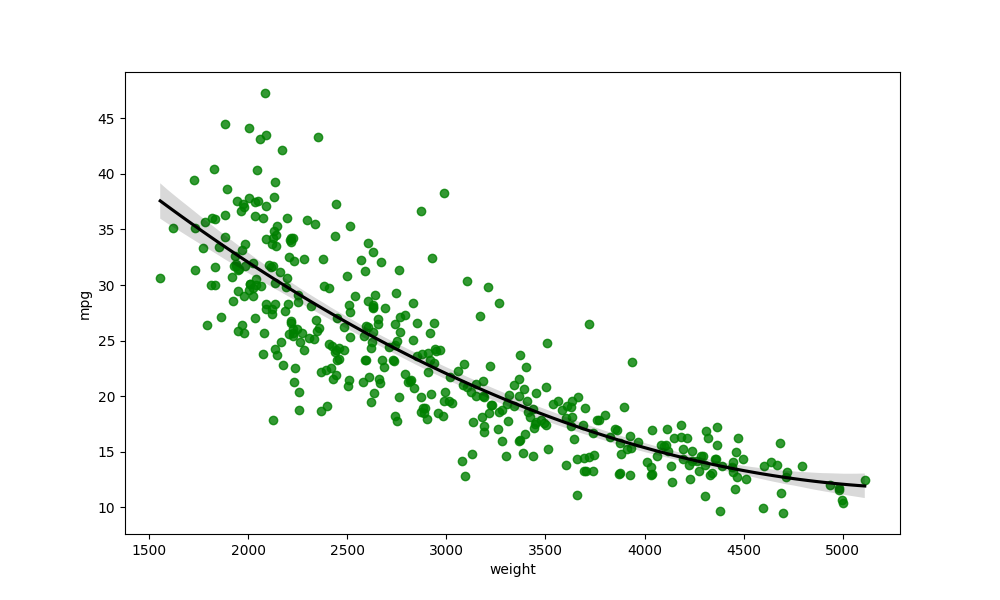
python, seaborn, regplot, order=2, ci=95, scatter_color=green, line_color=black